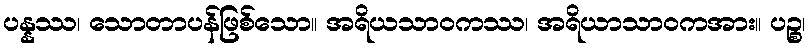
ပန္နဿ၊ သောတာပန်ဖြစ်သော။ အရိယသာဝကဿ၊ အရိယာသာဝကအား။ ပဉ္စ၊